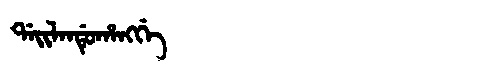
Manchu: ᡩᠠᡳᠯᠠᠨᡩᡠᡥᠠᠩᡤᡝ
Romanization: DAILANDUHANGGE